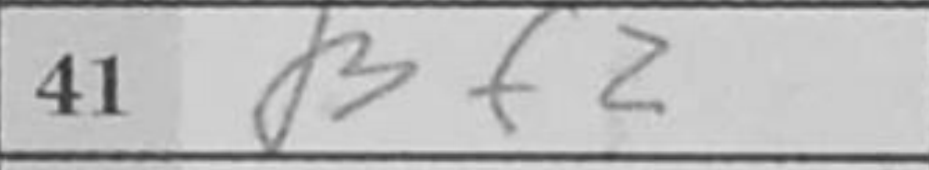
Transcription: Bf2